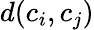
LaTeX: d(c_{i},c_{j})